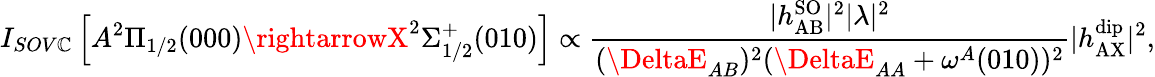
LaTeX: I_{SOV\mathbb{C}}\left[A^{2}\Pi_{1/2}(000)\rightarrowX^{2}\Sigma_{1/2}^{+}(010)\right]\propto\frac{{|h_{\mathrm{{AB}}}^{\mathrm{{SO}}}|^{2}|\lambda|^{2}}}{{(\DeltaE_{AB})^{2}(\DeltaE_{AA}+\omega^{A}(010))^{2}}}|h_{\mathrm{{AX}}}^{\mathrm{{dip}}}|^{2},